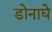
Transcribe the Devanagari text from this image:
डोनाघे